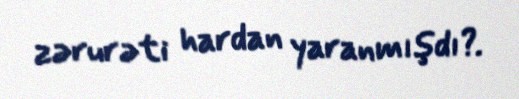
zərurəti hardan yaranmışdı?.